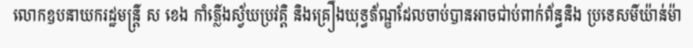
លោកឧបនាយករដ្ឋមន្ត្រី ស ខេង កាំភ្លើងស្វ័យប្រវត្តិ និងគ្រឿងយុទ្ធភ័ណ្ឌដែលចាប់បានអាចជាប់ពាក់ព័ន្ធនិង ប្រទេសមីយ៉ាន់ម៉ា